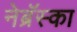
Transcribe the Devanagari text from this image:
नेब्रॅस्का